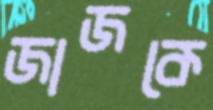
জাজকে